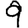
Digit: 9